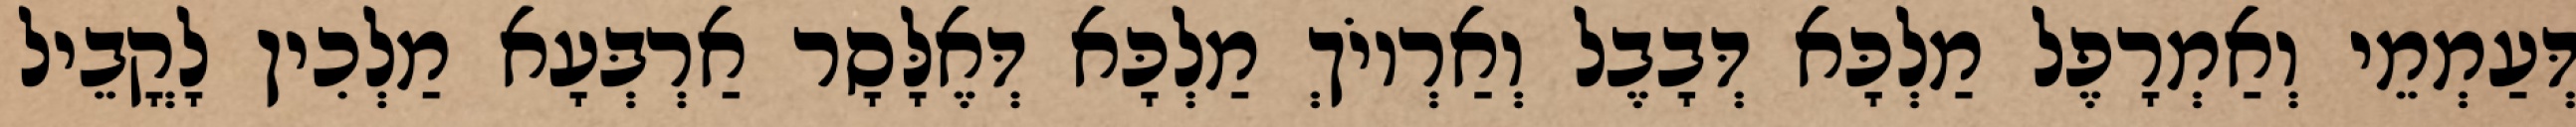
דְּעַמְמֵי וְאַמְרָפֶל מַלְכָּא דְּבָבֶל וְאַרְיוֹךְ מַלְכָּא דְּאֶלָּסָר אַרְבְּעָא מַלְכִין לָקֳבֵיל